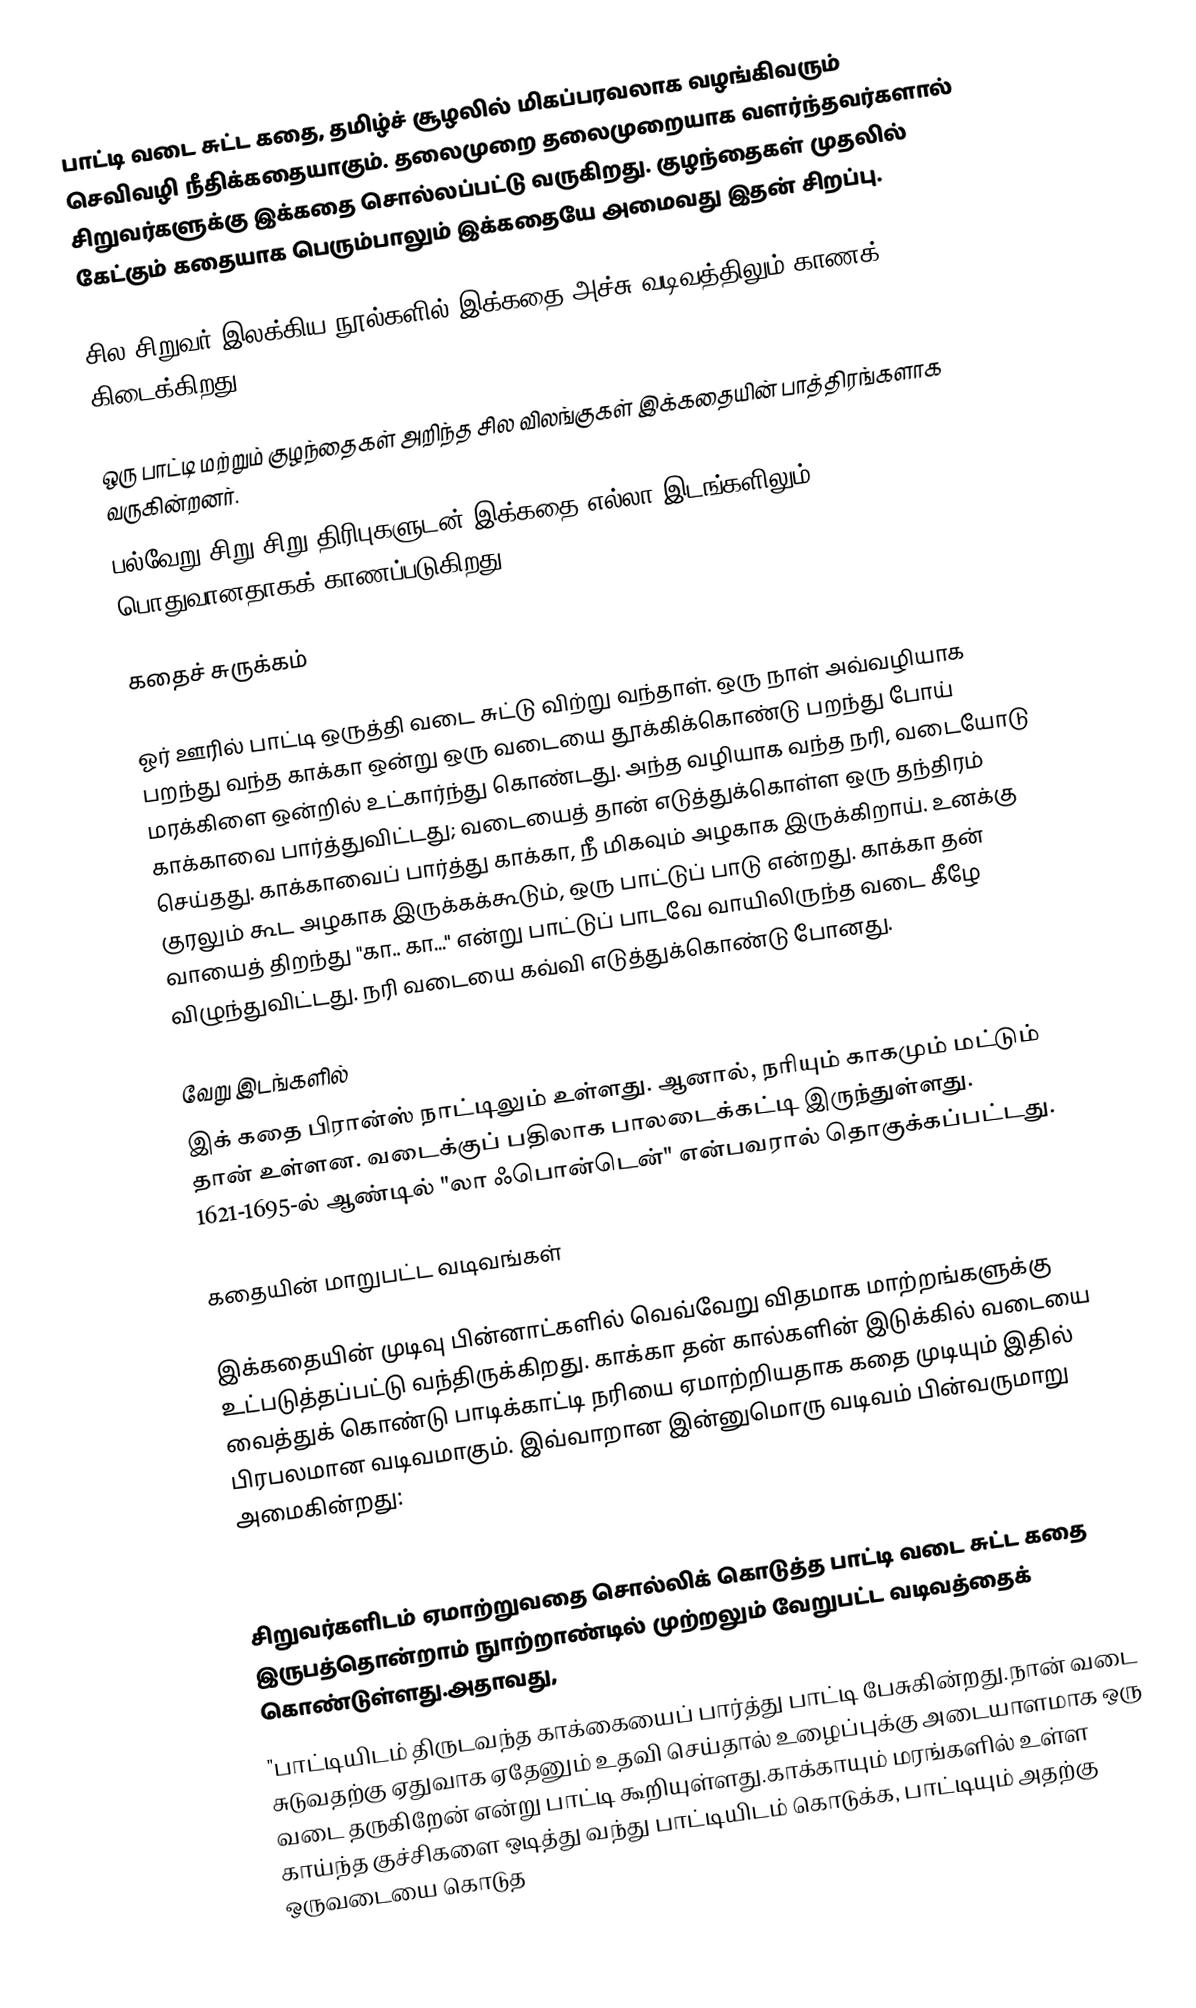
பாட்டி வடை சுட்ட கதை,  தமிழ்ச் சூழலில் மிகப்பரவலாக வழங்கிவரும் செவிவழி நீதிக்கதையாகும். தலைமுறை தலைமுறையாக வளர்ந்தவர்களால் சிறுவர்களுக்கு இக்கதை சொல்லப்பட்டு வருகிறது. குழந்தைகள் முதலில் கேட்கும் கதையாக பெரும்பாலும் இக்கதையே அமைவது இதன் சிறப்பு.

சில சிறுவர் இலக்கிய நூல்களில் இக்கதை அச்சு வடிவத்திலும் காணக் கிடைக்கிறது.

ஒரு பாட்டி மற்றும் குழந்தைகள் அறிந்த சில விலங்குகள் இக்கதையின் பாத்திரங்களாக வருகின்றனர்.
பல்வேறு சிறு சிறு திரிபுகளுடன் இக்கதை எல்லா இடங்களிலும் பொதுவானதாகக் காணப்படுகிறது.

கதைச் சுருக்கம்

ஓர் ஊரில் பாட்டி ஒருத்தி வடை சுட்டு விற்று வந்தாள். ஒரு நாள் அவ்வழியாக பறந்து வந்த காக்கா ஒன்று ஒரு வடையை தூக்கிக்கொண்டு பறந்து போய் மரக்கிளை ஒன்றில் உட்கார்ந்து கொண்டது. அந்த வழியாக வந்த நரி, வடையோடு காக்காவை பார்த்துவிட்டது;  வடையைத் தான் எடுத்துக்கொள்ள ஒரு தந்திரம் செய்தது. காக்காவைப் பார்த்து காக்கா, நீ மிகவும் அழகாக இருக்கிறாய். உனக்கு குரலும் கூட அழகாக இருக்கக்கூடும், ஒரு பாட்டுப் பாடு என்றது. காக்கா தன் வாயைத் திறந்து "கா.. கா..." என்று பாட்டுப் பாடவே வாயிலிருந்த வடை கீழே விழுந்துவிட்டது. நரி வடையை கவ்வி எடுத்துக்கொண்டு போனது.

வேறு இடங்களில்
இக் கதை பிரான்ஸ்  நாட்டிலும் உள்ளது. ஆனால், நரியும் காகமும் மட்டும் தான் உள்ளன. வடைக்குப் பதிலாக பாலடைக்கட்டி இருந்துள்ளது. 1621-1695-ல் ஆண்டில் "லா ஃபொன்டென்" என்பவரால் தொகுக்கப்பட்டது.

கதையின் மாறுபட்ட வடிவங்கள்

இக்கதையின் முடிவு பின்னாட்களில் வெவ்வேறு விதமாக மாற்றங்களுக்கு உட்படுத்தப்பட்டு வந்திருக்கிறது. காக்கா தன் கால்களின் இடுக்கில் வடையை வைத்துக் கொண்டு பாடிக்காட்டி நரியை ஏமாற்றியதாக கதை முடியும் இதில் பிரபலமான வடிவமாகும்.  இவ்வாறான இன்னுமொரு வடிவம் பின்வருமாறு அமைகின்றது:

சிறுவர்களிடம் ஏமாற்றுவதை சொல்லிக் கொடுத்த பாட்டி வடை சுட்ட கதை இருபத்தொன்றாம் நுாற்றாண்டில் முற்றலும் வேறுபட்ட வடிவத்தைக் கொண்டுள்ளது.அதாவது,
"பாட்டியிடம் திருடவந்த காக்கையைப் பார்த்து பாட்டி பேசுகின்றது.நான் வடை சுடுவதற்கு ஏதுவாக   ஏதேனும் உதவி செய்தால் உழைப்புக்கு அடையாளமாக ஒரு வடை தருகிறேன் என்று பாட்டி கூறியுள்ளது.காக்காயும் மரங்களில் உள்ள காய்ந்த குச்சிகளை ஒடித்து வந்து பாட்டியிடம் கொடுக்க, பாட்டியும் அதற்கு ஒருவடையை கொடுத